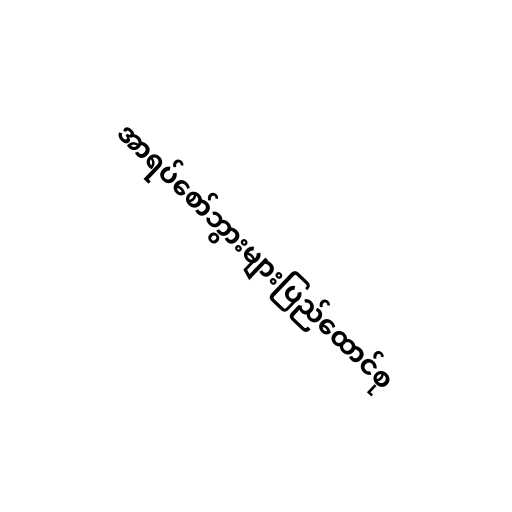
အာရပ်စော်ဘွားများပြည်ထောင်စု